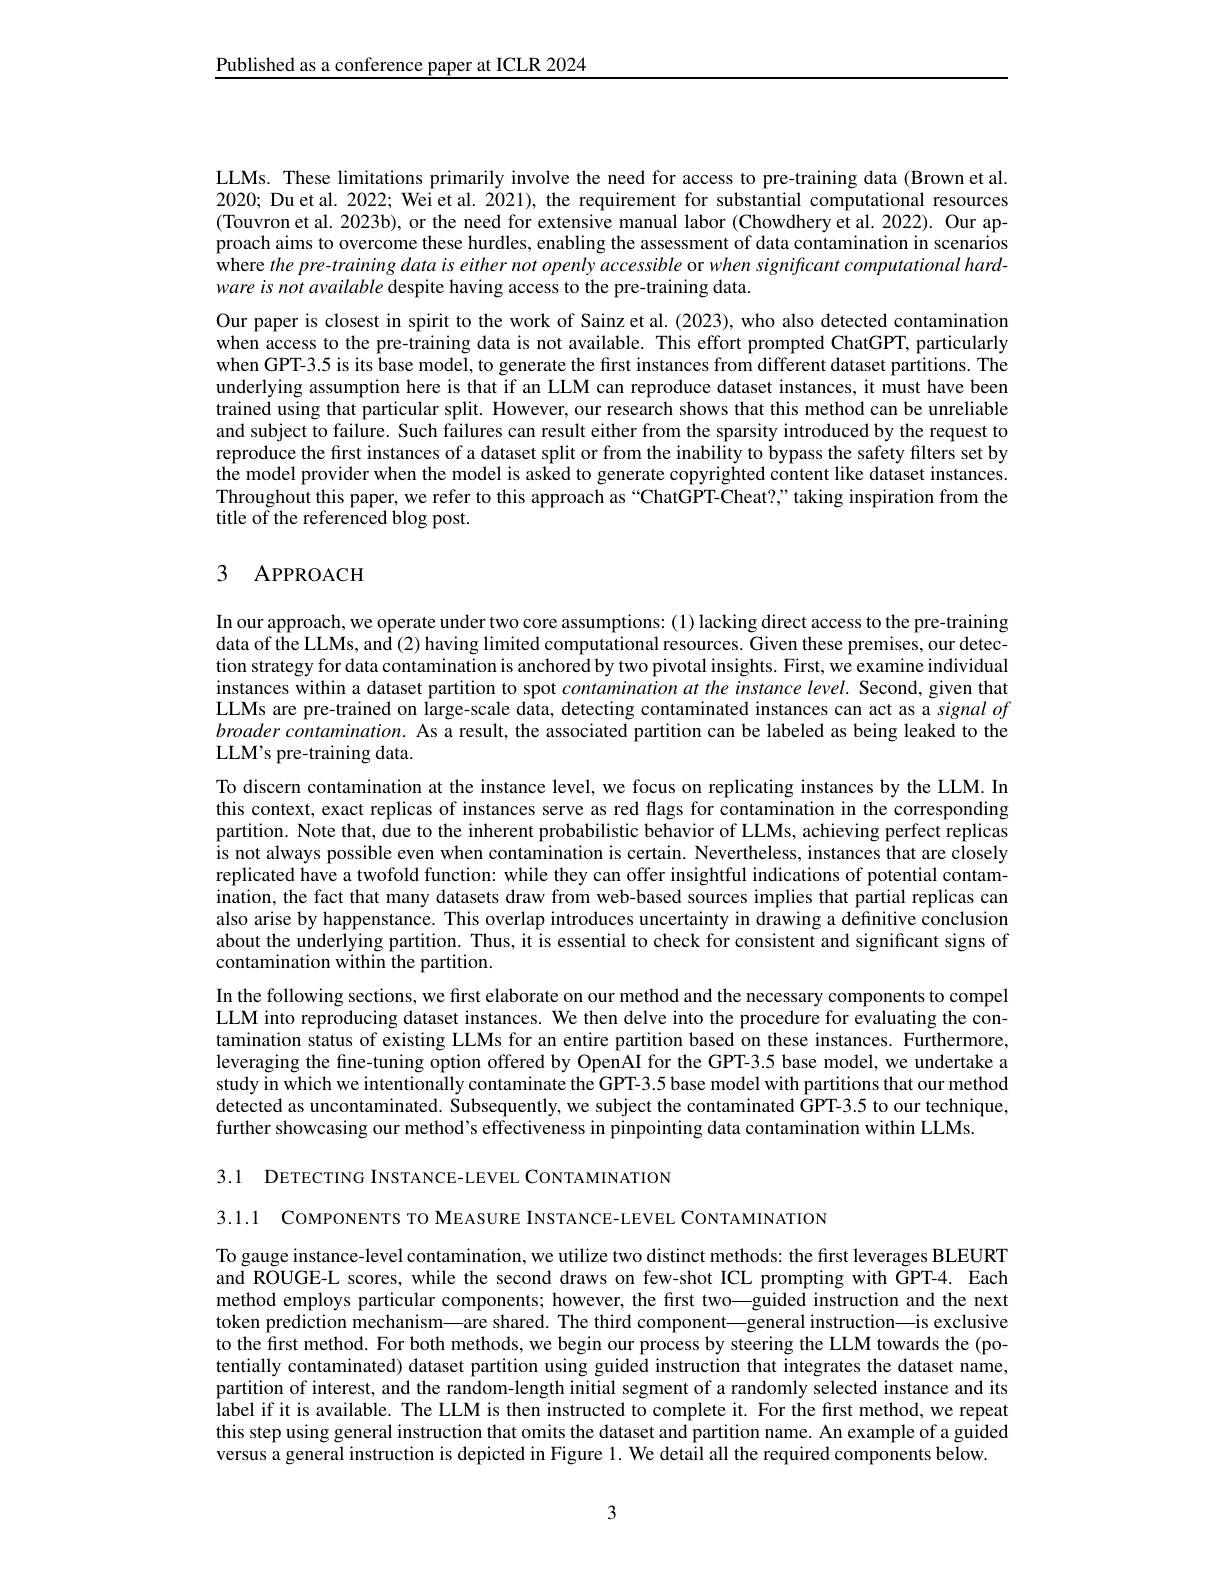
Published as a conference paper at ICLR 2024

LLMs. These limitations primarily involve the need for access to pre-training data (Brown et al. 2020; Du et al. 2022; Wei et al. 2021), the requirement for substantial computational resources (Touvron et al. 2023b), or the need for extensive manual labor (Chowdhery et al. 2022). Our approach aims to overcome these hurdles, enabling the assessment of data contamination in scenarios where the pre- training data is either not openly accessible or when significant computational hardware is not available despite having access to the pre-training data.
Our paper is closest in spirit to the work of Sainz et al. (2023), who also detected contamination when access to the pre-training data is not available. This effort prompted ChatGPT, particularly when GPT-3.5 is its base model, to generate the first instances from different dataset partitions. The underlying assumption here is that if an LLM can reproduce dataset instances, it must have been trained using that particular split. However, our research shows that this method can be unreliable and subject to failure. Such failures can result either from the sparsity introduced by the request to reproduce the first instances of a dataset split or from the inability to bypass the safety filters set by the model provider when the model is asked to generate copyrighted content like dataset instances. Throughout this paper, we refer to this approach as “ChatGPT-Cheat?" taking inspiration from the title of the referenced blog post.

# 3 APPROACH

In our approach, we operate under two core assumptions: (1) lacking direct access to the pre-training data of the LLMs, and (2) having limited computational resources. Given these premises, our detection strategy for data contamination is anchored by two pivotal insights. First, we examine individual instances within a dataset partition to spot contamination at the instance level. Second, given that LLMs are pre-trained on large-scale data, detecting contaminated instances can act as a signalof $broadercontamination.$ As a result, the associated partition can be labeled as being leaked to the LLM's pre-training data.
To discern contamination at the instance level, we focus on replicating instances by the LLM. In this context, exact replicas of instances serve as red flags for contamination in the corresponding partition. Note that, due to the inherent probabilistic behavior of LLMs, achieving perfect replicas is not always possible even when contamination is certain. Nevertheless, instances that are closely replicated have a twofold function: while they can offer insightful indications of potential contamination, the fact that many datasets draw from web-based sources implies that partial replicas can also arise by happenstance. This overlap introduces uncertainty in drawing a definitive conclusion about the underlying partition. Thus, it is essential to check for consistent and significant signs of contamination within the partition.
In the following sections, we first elaborate on our method and the necessary components to compel LLM into reproducing dataset instances. We then delve into the procedure for evaluating the contamination status of existing LLMs for an entire partition based on these instances. Furthermore, leveraging the fine-tuning option offered by OpenAI for the GPT-3.5 base model, we undertake a study in which we intentionally contaminate the GPT-3.5 base model with partitions that our method detected as uncontaminated. Subsequently, we subject the contaminated GPT-3.5 to our technique, further showcasing our method's effectiveness in pinpointing data contamination within LLMs.

3.1 DETECTING INSTANCE-LEVEL CONTAMINATION

3.1.1 COMPONENTS TO MEASURE INSTANCE-LEVEL CONTAMINATION

To gauge instance-level contamination, we utilize two distinct methods: the first leverages BLEURT and ROUGE-L scores, while the second draws on few-shot ICL prompting with GPT-4. Each method employs particular components; however, the frst two—guided instruction and the next token prediction mechanism—are shared. The third component—general instruction—is exclusive to the first method. For both methods, we begin our process by steering the LLM towards the (potentially contaminated) dataset partition using guided instruction that integrates the dataset name, partition of interest, and the random-length initial segment of a randomly selected instance and its label if it is available. The LLM is then instructed to complete it. For the first method, we repeat this step using general instruction that omits the dataset and partition name. An example of a guided versus a general instruction is depicted in Figure 1. We detail all the required components below.

3